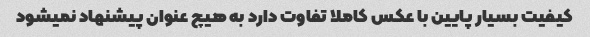
کیفیت بسیار پایین با عکس کاملا تفاوت دارد به هیچ عنوان پیشنهاد نمیشود